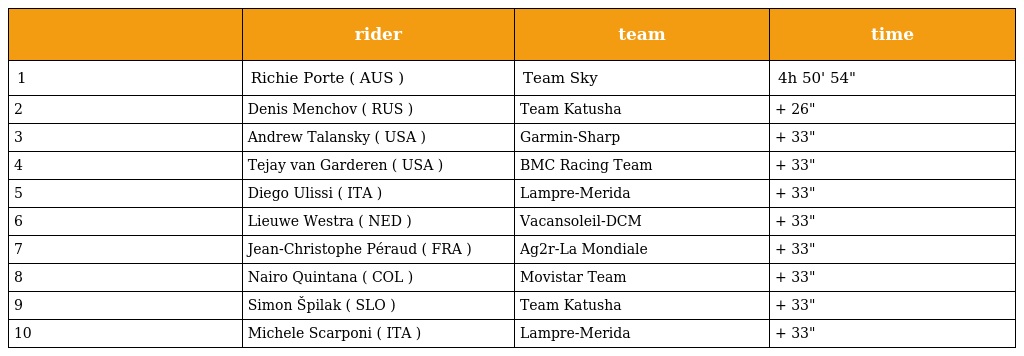
|  | rider | team | time |
 | --- | --- | --- | --- |
 | 1 | Richie Porte ( AUS ) | Team Sky | 4h 50' 54" |
 | 2 | Denis Menchov ( RUS ) | Team Katusha | + 26" |
 | 3 | Andrew Talansky ( USA ) | Garmin-Sharp | + 33" |
 | 4 | Tejay van Garderen ( USA ) | BMC Racing Team | + 33" |
 | 5 | Diego Ulissi ( ITA ) | Lampre-Merida | + 33" |
 | 6 | Lieuwe Westra ( NED ) | Vacansoleil-DCM | + 33" |
 | 7 | Jean-Christophe Péraud ( FRA ) | Ag2r-La Mondiale | + 33" |
 | 8 | Nairo Quintana ( COL ) | Movistar Team | + 33" |
 | 9 | Simon Špilak ( SLO ) | Team Katusha | + 33" |
 | 10 | Michele Scarponi ( ITA ) | Lampre-Merida | + 33" |